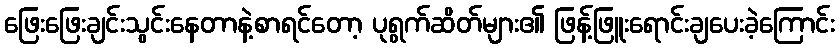
ဖြေးဖြေးချင်းသွင်းနေတာနဲ့စာရင်တော့ ပုရွက်ဆိတ်များ၏ ဖြန့်ဖြူးရောင်းချပေးခဲ့ကြောင်း